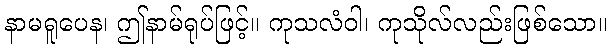
နာမရူပေန၊ ဤနာမ်ရုပ်ဖြင့်။ ကုသလံဝါ၊ ကုသိုလ်လည်းဖြစ်သော။